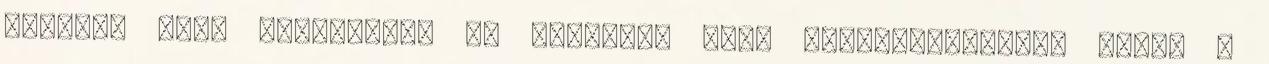
hatások alól Gyógyfürdő és bázikus, azaz szódabikarbónás fürdő a